Note on the mental hospitals in Burma - 1925-1940
Year: 1925
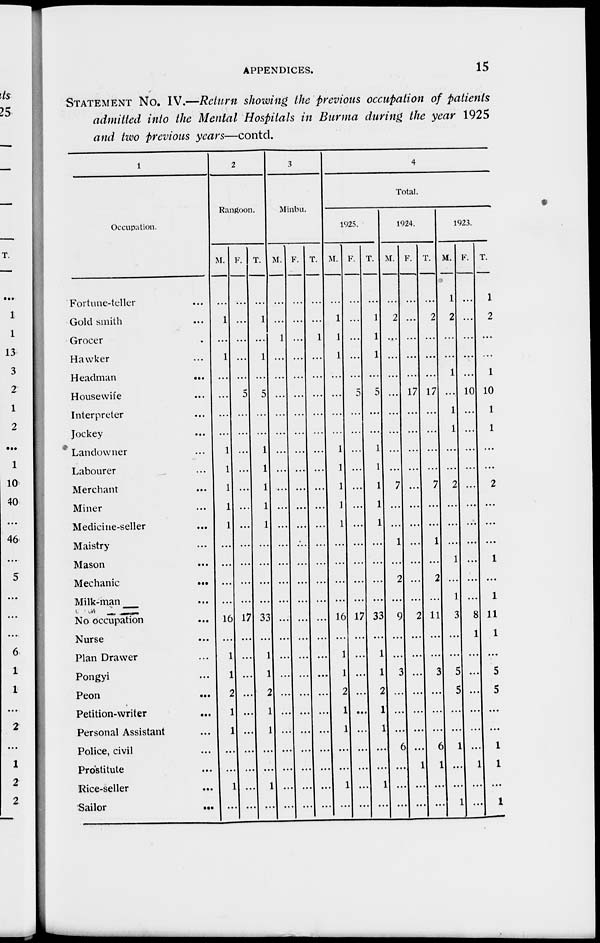
APPENDICES.
15
STATEMENT No. IV.—Return showing the previous occupation of patients
admitted into the Mental Hospitals in Burma during the year 1925
and two previous years—contd.
1
Occupation.
Fortune-teller ...
Gold smith ...
Grocer ...
Hawker ...
Headman
...
Housewife ...
Interpreter ...
Jockey ...
Landowner ...
Labourer ...
Merchant ...
Miner ...
Medicine-seller ...
Maistry ...
Mason ...
Mechanic
...
Milk-man ...
No occupation ...
Nurse ...
Plan Drawer ...
Pongyi ...
Peon ...
Petition-writer ...
Personal Assistant ...
Police, civil ...
Prostitute ...
Rice-seller ...
Sailor
...
2
Rangoon.
M.
...
1
...
1
...
...
...
...
1
1
1
1
1
...
...
...
...
16
...
1
1
2
1
1
...
...
1
...
F.
...
...
...
...
...
5
...
...
...
...
...
...
...
...
...
...
...
17
...
...
...
...
...
...
...
...
...
...
T.
...
1
...
1
...
5
...
...
1
1
1
1
1
...
...
...
...
33
...
1
1
2
1
1
...
...
1
...
3
Minbu.
M.
...
...
1
...
...
...
...
...
...
...
...
...
...
...
...
...
...
...
...
...
...
...
...
...
...
...
...
...
F.
...
...
...
...
...
...
...
...
...
...
...
...
...
...
...
...
...
...
...
...
...
...
...
...
...
...
...
...
T.
...
...
1
...
...
...
...
...
...
...
...
...
...
...
...
...
...
...
...
...
...
...
...
...
...
...
...
...
4
Total.
1925.
M.
...
1
1
1
...
...
...
...
1
1
1
1
1
...
...
...
...
16
...
1
1
2
1
1
...
...
1
...
F.
...
...
...
...
...
5
...
...
...
...
...
...
...
...
...
...
...
17
...
...
...
...
...
...
...
...
...
...
T.
...
1
1
1
...
5
...
...
1
1
1
1
1
...
...
...
...
33
...
1
1
2
1
1
...
...
1
...
1924.
M.
...
2
...
...
...
...
...
...
...
...
7
...
...
1
...
2
...
9
...
...
3
...
...
...
6
...
...
...
F.
...
...
...
...
...
17
...
...
...
...
...
...
...
...
...
...
...
2
...
...
...
...
...
...
...
1
...
...
T.
...
2
...
...
...
17
...
...
...
...
7
...
...
1
...
2
...
11
...
...
3
...
...
...
6
1
...
...
1923.
M.
1
2
...
...
1
...
1
1
...
...
2
...
...
...
1
...
1
3
...
...
5
5
...
...
1
...
...
1
F.
...
...
...
...
...
10
...
...
...
...
...
...
...
...
...
...
...
8
1
...
...
...
...
...
...
1
...
...
T.
1
2
...
...
1
10
1
1
...
...
2
...
...
...
1
...
1
11
1
...
5
5
...
...
1
1
...
1